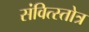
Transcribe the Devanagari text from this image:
संवित्स्तोत्र